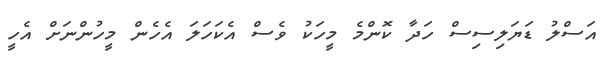
އަސްލު ޑަޔަލިސިސް ހަދާ ކޮންމެ މީހަކު ވެސް އެކަހަލަ އެހެން މީހުންނަށް އެހީ